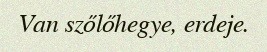
Van szőlőhegye, erdeje.